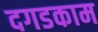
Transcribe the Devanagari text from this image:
दगडकाम